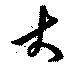
大